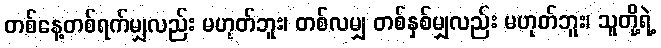
တစ်နေ့တစ်ရက်မျှလည်း မဟုတ်ဘူး၊ တစ်လမျှ တစ်နှစ်မျှလည်း မဟုတ်ဘူး၊ သူတို့ရဲ့